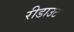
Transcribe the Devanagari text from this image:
रीडाउट